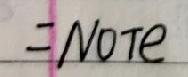
#NAME?